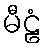
မီဠံ